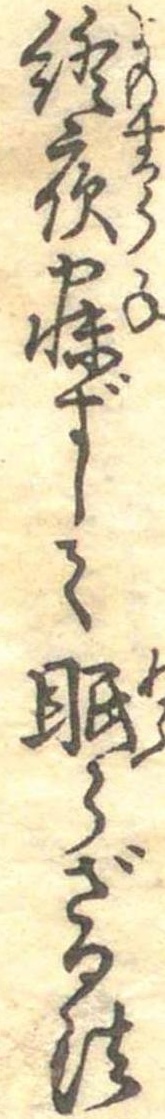
終夜寐ずして眠らざる法